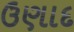
ઉણાદ